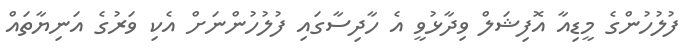
ފުލުހުންގެ މީޑިއާ އޮފިޝަލް ވިދާޅުވީ އެ ހާދިސާގައި ފުލުހުންނަށް އެކި ވަރުގެ އަނިޔާތައް